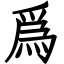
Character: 爲